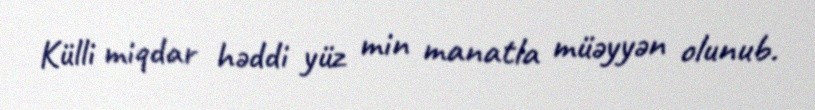
Külli miqdar həddi yüz min manatla müəyyən olunub.